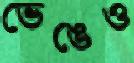
ভেঙেও